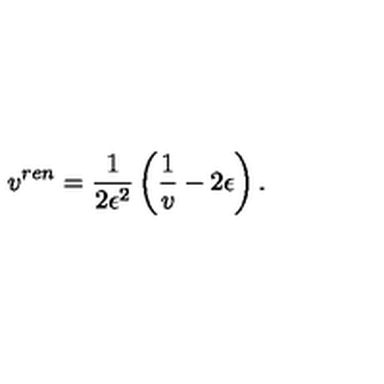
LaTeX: v ^ { r e n } = \frac { 1 } { 2 \epsilon ^ { 2 } } \left( \frac { 1 } { v } - 2 \epsilon \right) .